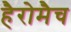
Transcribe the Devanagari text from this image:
हैरोमैच